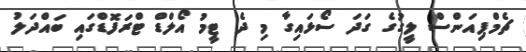
ޗެމްޕިއަންސް ލީގުގެ ގަދަ ސޯޅައިގާ މި ދެ ޓީމު އޯލްޑް ޓްރަފޮޑްގައި ބައްދަލު